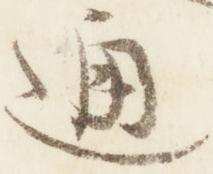
通